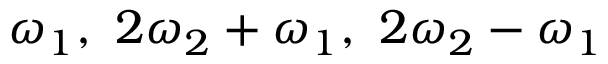
\omega _ { 1 } , ~ 2 \omega _ { 2 } + \omega _ { 1 } , ~ 2 \omega _ { 2 } - \omega _ { 1 }